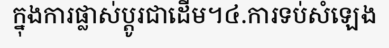
ក្នុងការផ្លាស់ប្តូរជាដើម។៤.ការទប់សំឡេង